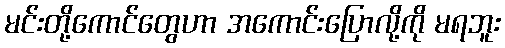
မင်းတို့ကောင်တွေဟာ အကောင်းပြောလို့ကို မရဘူး